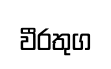
වීරතුග